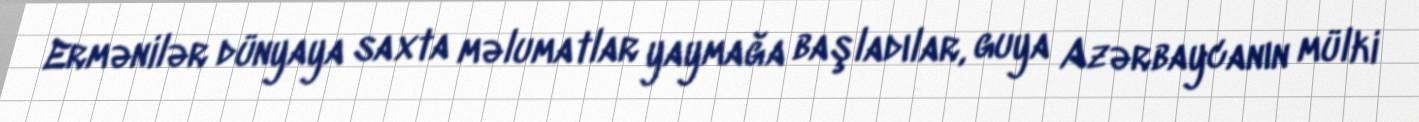
Ermənilər dünyaya saxta məlumatlar yaymağa başladılar, guya Azərbaycanın mülki